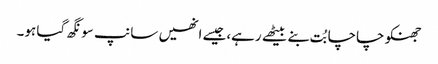
جھنکو چاچا بُت بنے بیٹھے رہے،جیسے انھیں سانپ سونگھ گیا ہو۔